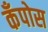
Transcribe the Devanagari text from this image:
कँपोस